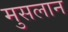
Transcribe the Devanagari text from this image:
मुसलान